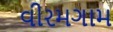
વીરમગામ